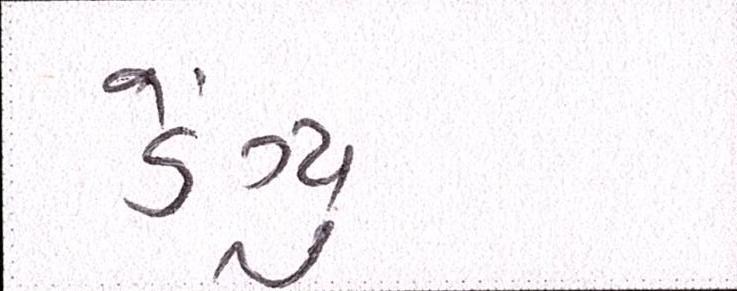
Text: ડેંગ્યુ